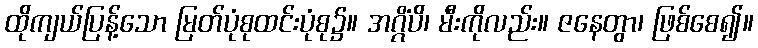
ထိုကျယ်ပြန့်သော မြတ်ပုံစုထင်းပုံစု၌။ အဂ္ဂိံပိ၊ မီးကိုလည်း။ ဇနေတွာ၊ ဖြစ်စေ၍။